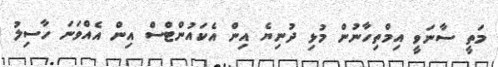
މަތީ ސާނަވީ އިމްތިހާނުން މުޅި ދުނިޔެ އިން އެކައުންޓްސް އިން އެއްވަނަ ހާސިލު